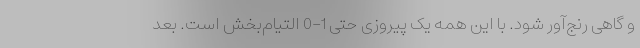
و گاهی رنج‌آور شود. با این همه یک پیروزی حتی 1-0 التیام‌بخش است. بعد